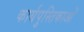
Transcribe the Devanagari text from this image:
कार्यपुस्तिकाओं